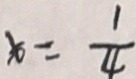
x = \frac { 1 } { 4 }